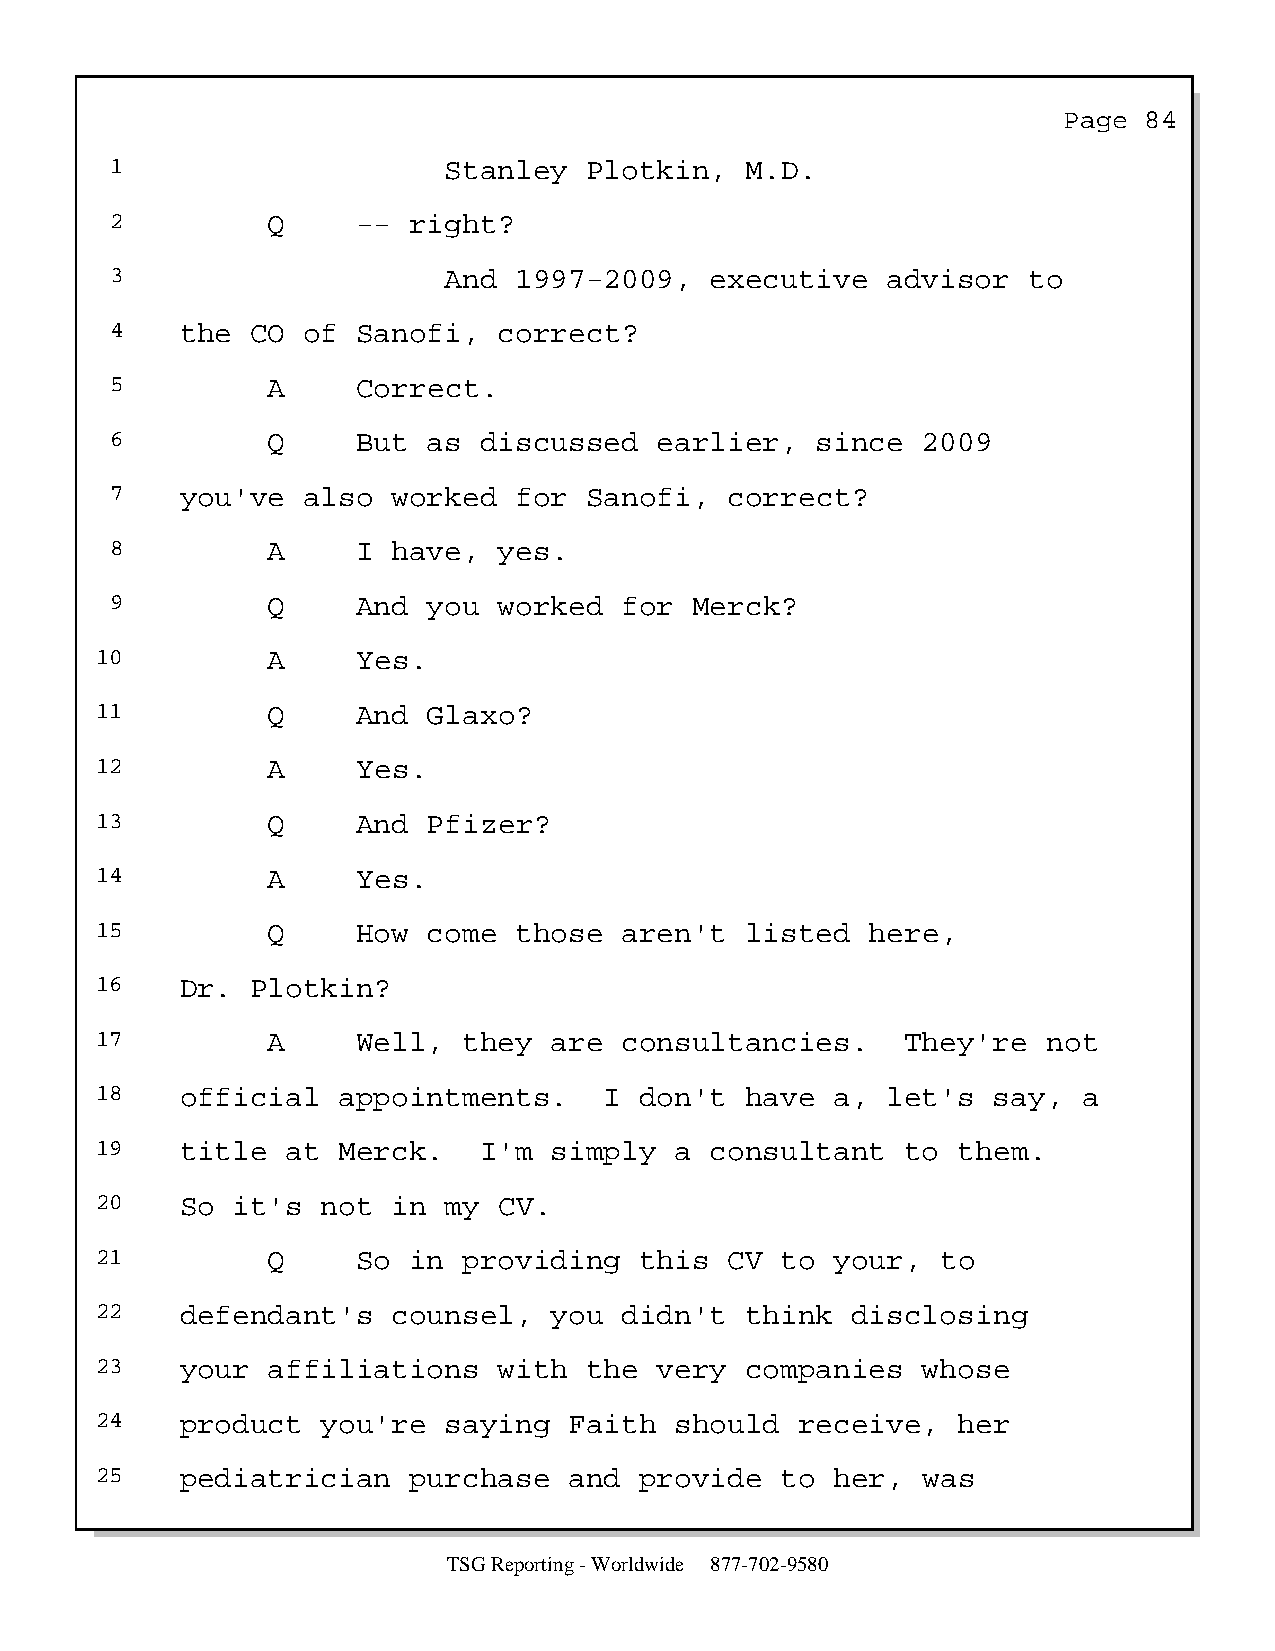
Page  84
 1                     Stanley   Plotkin,  M.D.
 2          Q     -- right?
 3                     And  1997-2009,   executive   advisor  to
 4    the  CO of  Sanofi,  correct?
 5          A     Correct.
 6          Q     But as  discussed   earlier,  since  2009
 7    you've  also  worked  for  Sanofi,  correct?
 8          A     I have,  yes.
 9          Q     And you  worked  for  Merck?
 10          A     Yes.
 11          Q     And Glaxo?
 12          A     Yes.
 13          Q     And Pfizer?
 14          A     Yes.
 15          Q     How come  those  aren't  listed   here,
 16    Dr.  Plotkin?
 17          A     Well,  they are  consultancies.     They're  not
 18    official  appointments.     I don't  have  a,  let's  say,  a
 19    title  at Merck.    I'm simply   a consultant   to them.
 20    So it's  not  in my  CV.
 21          Q     So in  providing  this  CV  to your,  to
 22    defendant's   counsel,  you  didn't  think  disclosing
 23    your  affiliations   with  the  very companies   whose
 24    product  you're  saying   Faith  should  receive,  her
 25    pediatrician   purchase   and provide   to her,  was
 TSG Reporting - Worldwide 877-702-9580